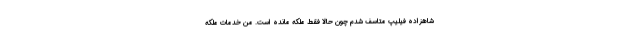
شاهزاده فیلیپ متاسف شدم چون حالا فقط ملکه مانده است. من خدمات ملکه